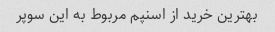
بهترین خرید از اسنپم مربوط به این سوپر